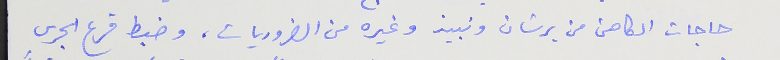
حاجات الكاهن من برشان ونبيذ وغيره من الضروريات، وضبط قرع الجرس